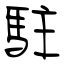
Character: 駐